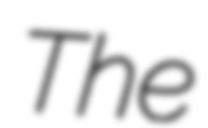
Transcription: The